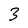
Character: 3